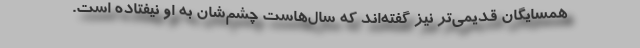
همسایگان قدیمی‌تر نیز گفته‌اند که سال‌هاست چشم‌شان به او نیفتاده است.